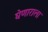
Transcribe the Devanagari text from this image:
घेणाराला